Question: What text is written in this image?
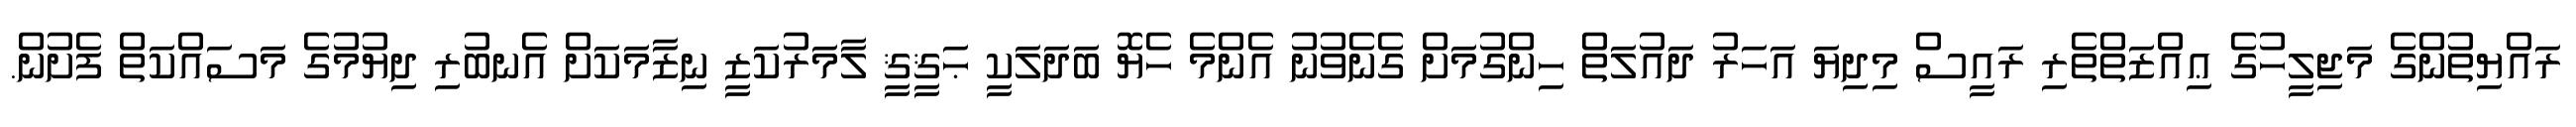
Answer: ރައްޔިތުންގެ މަޖިލީހުގެ ޢިއްޒަތްތެރި ރައީސް މިދިޔަ އަހަރު ދައުލަތް ހިންގުމަށް ގެނެވުނު އެންމެ ހެޔޮ ބަދަލަކީ ޙަޤީޤީ ލާމަރުކަޒީ ނިޒާމަކަށް އެނބުރި ދިޔުމުގެ މަސައްކަތް ފެށުން.